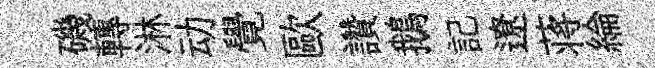
磯轉淋动覺歐讚鵝記遼蒋綸